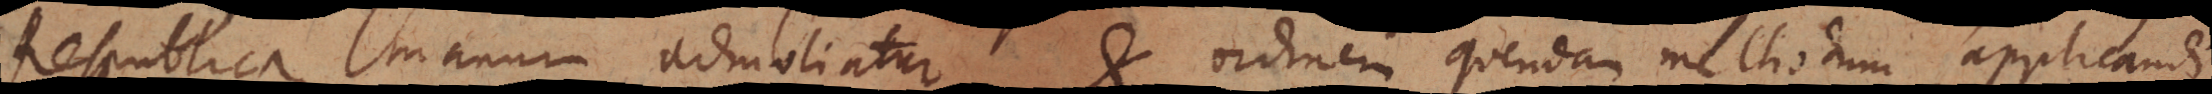
Respublica manum admoliatur, et ordinem quendam methodum, applicandi